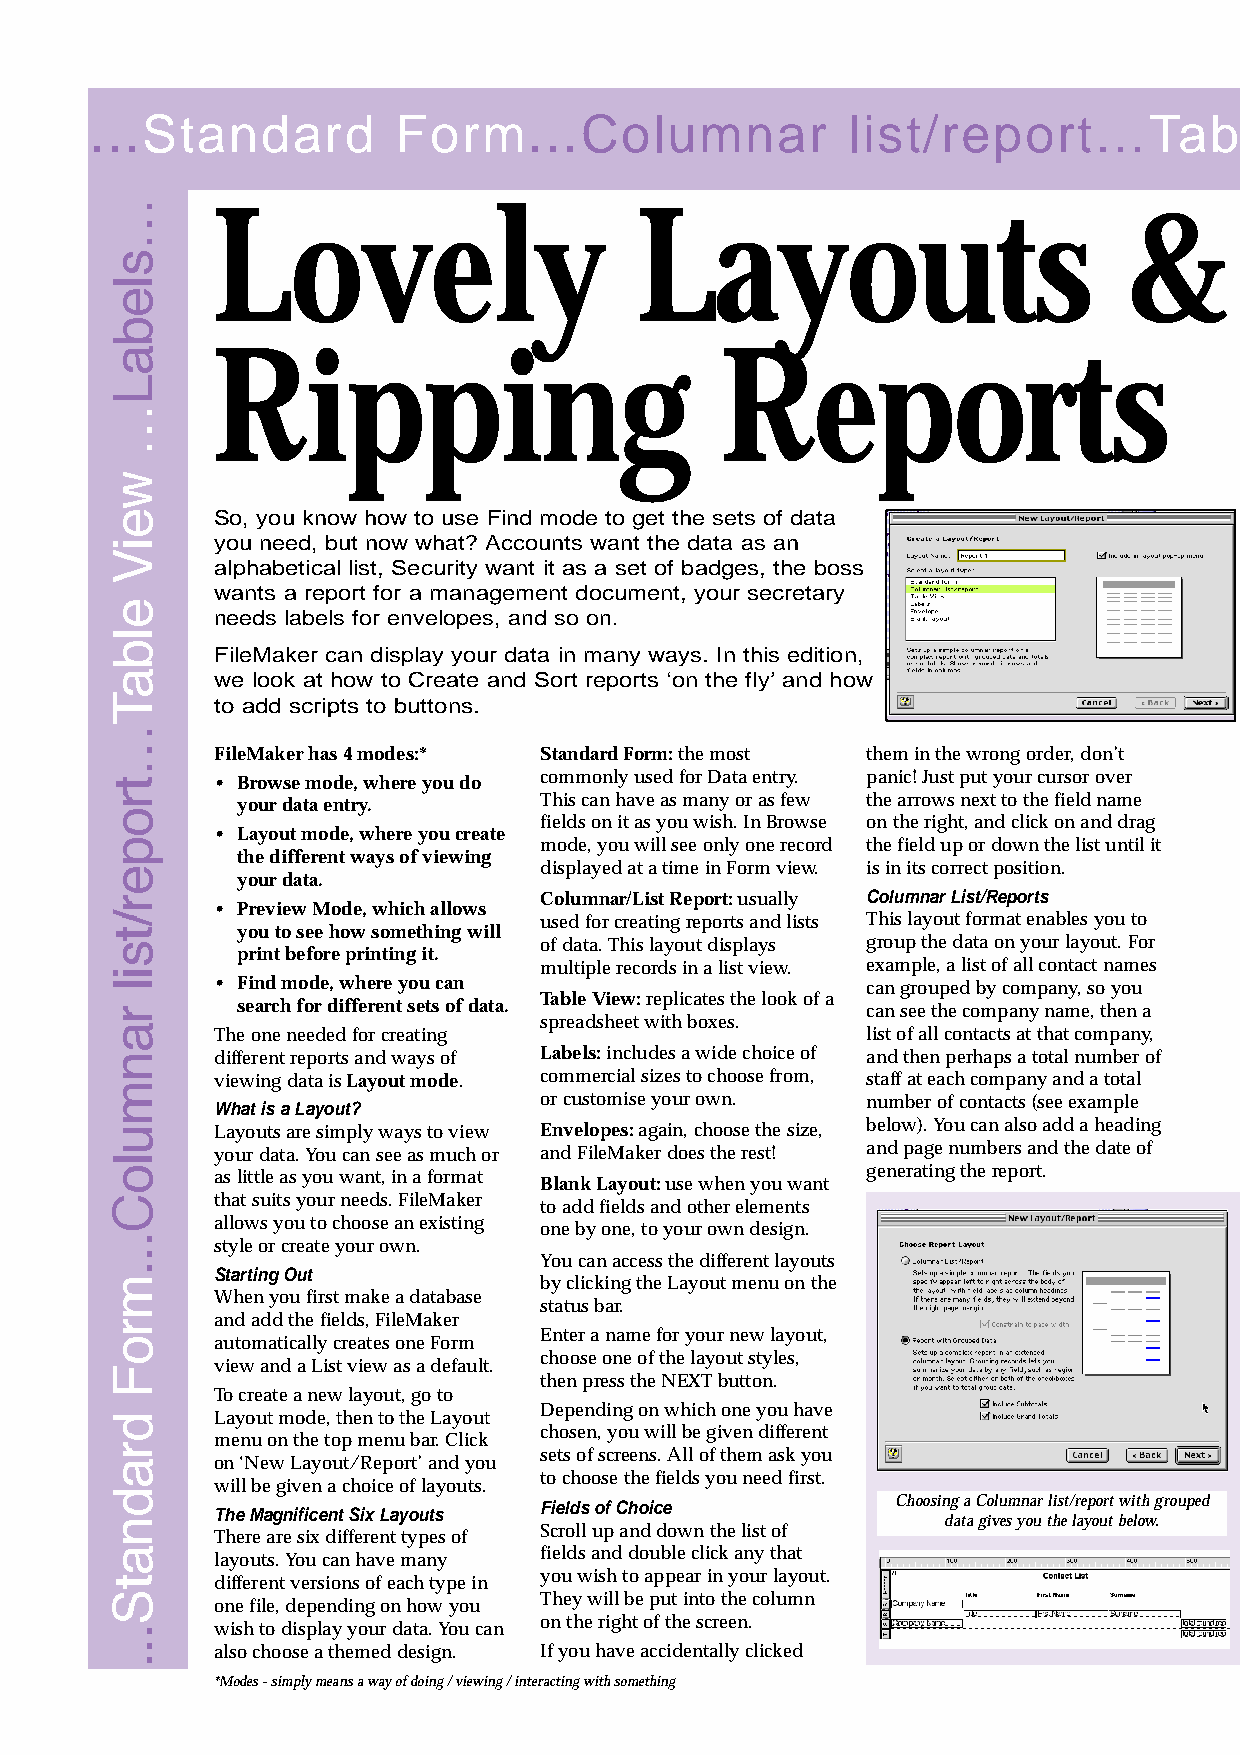
. . .Standard       Form...Columnar               list/report…Ta          b l e
 Digital                Printing
 Lovely                      Layouts                         &
 Ripping                           Reports
 So, you know how to use Find mode to get the sets of data
 you need, but now what? Accounts want the data as an
 alphabetical list, Security want it as a set of badges, the boss
 wants a report for a management document, your secretary
 needs labels for envelopes, and so on.
 FileMaker can display your data in many ways. In this edition,
 we look at how to Create and Sort reports ‘on the fly’ and how
 to add scripts to buttons.
 FileMaker has 4 modes:* Standard Form:the most them in the wrong order, don’t
 • Browse mode, where you do commonly used for Data entry. panic! Just put your cursor over
 your data entry.    This can have as many or as few the arrows next to the field name
 fields on it as you wish. In Browse on the right, and click on and drag
 • Layout mode, where you create
 mode, you will see only one record the field up or down the list until it
 the different ways of viewing
 displayed at a time in Form view. is in its correct position.
 your data.
 Columnar/List Report:usually Columnar List/Reports
 • Preview Mode, which allows
 used for creating reports and lists This layout format enables you to
 you to see how something will
 of data. This layout displays group the data on your layout. For
 print before printing it.
 multiple records in a list view. example, a list of all contact names
 • Find mode, where you can                 can grouped by company, so you
 Table View:replicates the look of a
 search for different sets of data.       can see the company name, then a
 spreadsheet with boxes.
 The one needed for creating                list of all contacts at that company,
 different reports and ways of Labels:includes a wide choice of and then perhaps a total number of
 viewing data is Layout mode. commercial sizes to choose from, staff at each company and a total
 What is a Layout?     or customise your own. number of contacts (see example
 Layouts are simply ways to view Envelopes:again, choose the size, below). You can also add a heading
 your data. You can see as much or and FileMaker does the rest! and page numbers and the date of
 as little as you want, in a format         generating the report.
 Blank Layout:use when you want
 that suits your needs. FileMaker
 to add fields and other elements
 allows you to choose an existing one by one, to your own design.
 style or create your own.
 You can access the different layouts
 Starting Out
 by clicking the Layout menu on the
 When you first make a database
 status bar.
 and add the fields, FileMaker
 Enter a name for your new layout,
 automatically creates one Form
 choose one of the layout styles,
 view and a List view as a default.
 then press the NEXT button.
 To create a new layout, go to
 Depending on which one you have
 Layout mode, then to the Layout
 chosen, you will be given different
 menu on the top menu bar. Click
 sets of screens. All of them ask you
 on ‘New Layout/Report’ and you
 to choose the fields you need first.
 will be given a choice of layouts.
 Fields of Choice       Choosing a Columnar list/report with grouped
 The Magnificent Six Layouts
 data gives you the layout below.
 There are six different types of Scroll up and down the list of
 fields and double click any that
 layouts. You can have many
 you wish to appear in your layout.
 different versions of each type in
 They will be put into the column
 one file, depending on how you
 on the right of the screen.
 wish to display your data. You can
 also choose a themed design. If you have accidentally clicked
 *Modes - simply means a way of doing / viewing / interacting with something